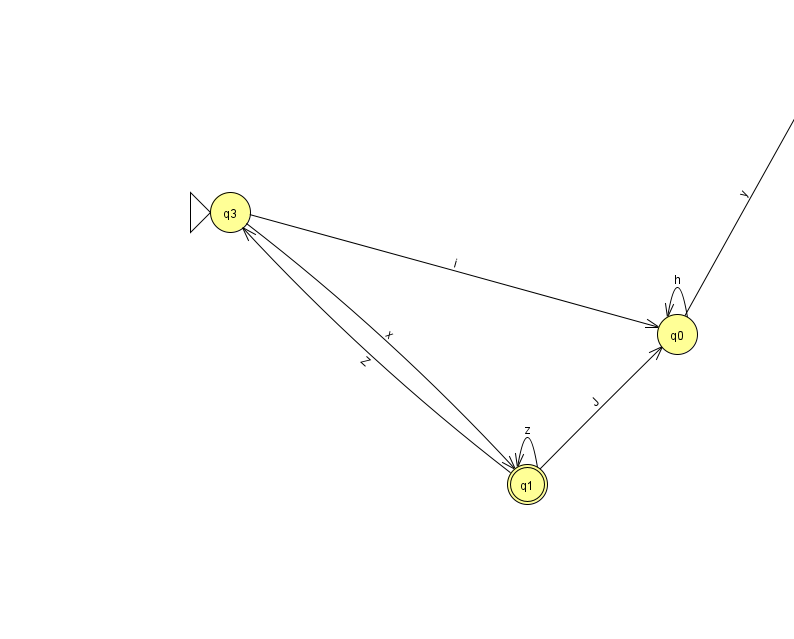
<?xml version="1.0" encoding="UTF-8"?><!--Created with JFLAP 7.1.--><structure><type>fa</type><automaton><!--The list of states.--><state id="0" name="q0"><x>677.0</x><y>321.0</y></state><state id="1" name="q1"><x>527.0</x><y>471.0</y><final/></state><state id="2" name="q2"><x>827.0</x><y>50.0</y></state><state id="3" name="q3"><x>230.0</x><y>199.0</y><initial/></state><!--The list of transitions.--><transition><from>2</from><to>2</to><read>p</read></transition><transition><from>3</from><to>0</to><read>i</read></transition><transition><from>0</from><to>2</to><read>y</read></transition><transition><from>1</from><to>3</to><read>Z</read></transition><transition><from>3</from><to>1</to><read>x</read></transition><transition><from>0</from><to>0</to><read>h</read></transition><transition><from>1</from><to>1</to><read>z</read></transition><transition><from>1</from><to>0</to><read>J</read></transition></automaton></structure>